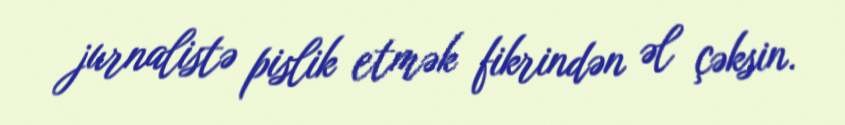
jurnalistə pislik etmək fikrindən əl çəksin.